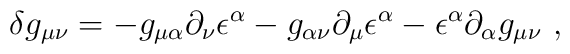
\delta g_{\mu\nu}=-g_{\mu\alpha}\partial_{\nu}\epsilon^{\alpha}-g_{\alpha\nu}\partial_{\mu}\epsilon^{\alpha}-\epsilon^{\alpha}\partial_{\alpha}g_{\mu\nu}\ ,